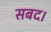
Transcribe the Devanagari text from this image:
सबद।